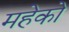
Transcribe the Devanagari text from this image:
महेको